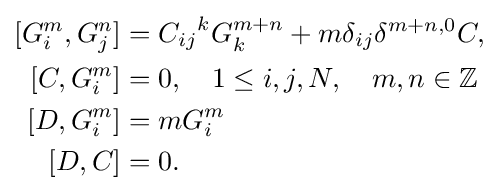
{\begin{aligned}{}[G_{i}^{m},G_{j}^{n}]&={C_{ij}}^{k}G_{k}^{m+n}+m\delta _{ij}\delta ^{m+n,0}C,\\{}[C,G_{i}^{m}]&=0,\quad 1\leq i,j,N,\quad m,n\in \mathbb {Z} \\{}[D,G_{i}^{m}]&=mG_{i}^{m}\\{}[D,C]&=0.\end{aligned}}